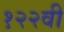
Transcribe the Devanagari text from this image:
१२२वी